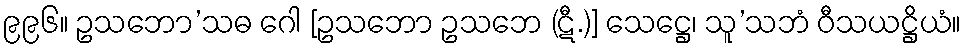
၉၉၆။ ဥသဘော’သဓ ဂေါ [ဥသဘော ဥသဘေ (ဋီ.)] သေဋ္ဌေ၊ သူ’သဘံ ဝီသယဋ္ဌိယံ။